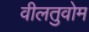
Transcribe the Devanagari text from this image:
वीलतुवोम